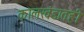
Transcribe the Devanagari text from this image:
कालखंडातही